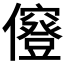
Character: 𠑅